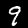
Label: 9